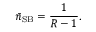
\bar { n } _ { \mathrm { S B } } = \frac { 1 } { R - 1 } .